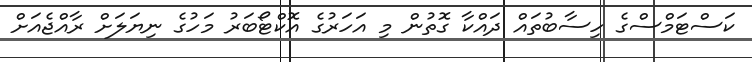
ކަސްޓަމްސްގެ ހިސާބުތައް ދައްކާ ގޮތުން މި އަހަރުގެ އޮކްޓޯބަރު މަހުގެ ނިޔަލަށް ރާއްޖެއަށް